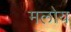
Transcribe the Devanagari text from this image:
मलोय